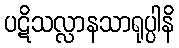
ပဋိသလ္လာနသာရုပ္ပါနိ